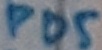
Text: PD5